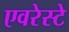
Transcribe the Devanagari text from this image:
एवरेस्‍टे